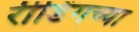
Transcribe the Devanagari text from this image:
रीडिंगच्या